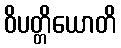
ဝိပတ္တိယောတိ